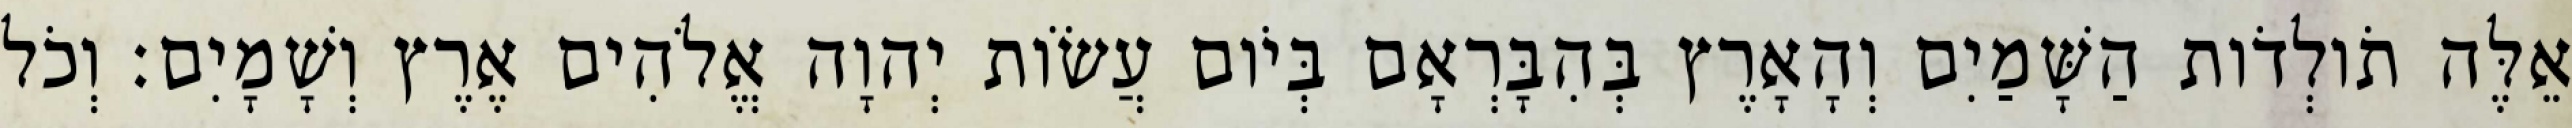
אֵלֶּה תֹולְדֹות הַשָּׁמַיִם וְהָאָרֶץ בְּהִבָּרְאָם בְּיֹום עֲשֹׂות יְהוָה אֱלֹהִים אֶרֶץ וְשָׁמָיִם׃ וְכֹל